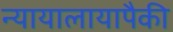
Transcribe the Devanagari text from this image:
न्यायालायापैकी